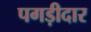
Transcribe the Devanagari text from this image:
पगड़ीदार